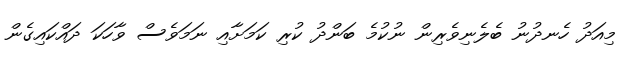
މިއަދު ހެނދުނު ބެލެނިވެރިން ނުކުމެ ބަންދު ކުރި ކަމަށާއި ނަަމަވެސް ވާހަކަ ދައްކައިގެން